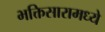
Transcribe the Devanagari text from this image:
भक्तिसारामध्ये